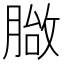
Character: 𦞀